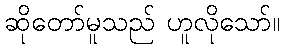
ဆိုတော်မူသည် ဟူလိုသော်။